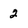
Character: 2